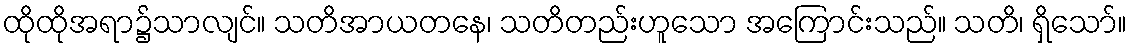
ထိုထိုအရာ၌သာလျင်။ သတိအာယတနေ၊ သတိတည်းဟူသော အကြောင်းသည်။ သတိ၊ ရှိသော်။